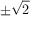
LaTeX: \pm { \sqrt { 2 } }